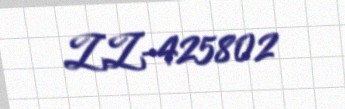
ZZ-425802